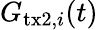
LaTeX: G_{\textrm{tx2},i}(t)